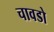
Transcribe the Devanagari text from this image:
चावडो